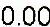
0.00